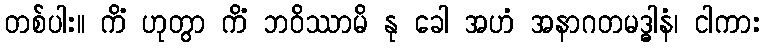
တစ်ပါး။ ကိံ ဟုတွာ ကိံ ဘဝိဿာမိ နု ခေါ အဟံ အနာဂတမဒ္ဓါနံ၊ ငါကား